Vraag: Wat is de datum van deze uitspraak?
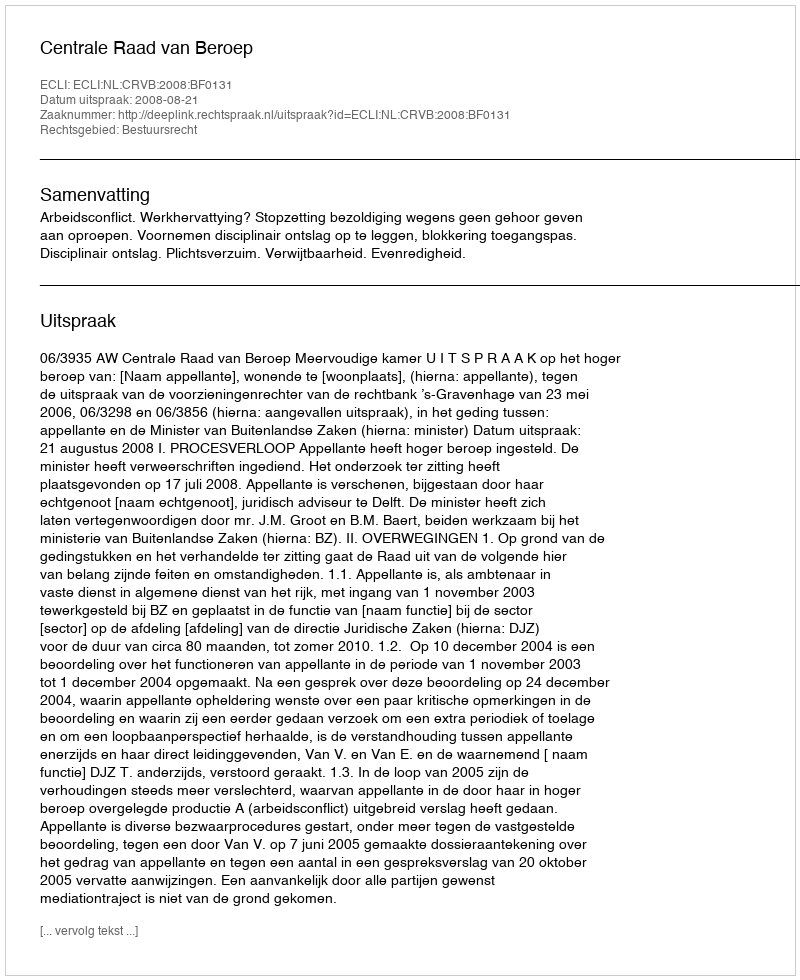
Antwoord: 2008-08-21